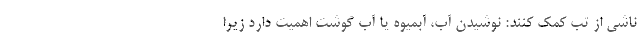
ناشی از تب کمک کنند: نوشیدن آب، آبمیوه یا آب گوشت اهمیت دارد زیرا